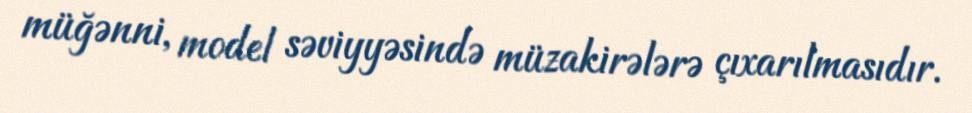
müğənni, model səviyyəsində müzakirələrə çıxarılmasıdır.